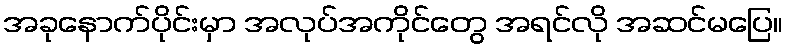
အခုနောက်ပိုင်းမှာ အလုပ်အကိုင်တွေ အရင်လို အဆင်မပြေ။